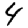
Digit: 4